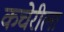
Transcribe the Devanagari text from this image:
कचेरीला